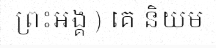
ព្រះអង្គ ) គេ និយម